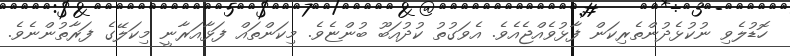
ހޮޑުލެވި ނުކުޅެދުންތެރިކަން ފާޅުވެއްޖެއެވެ. އެވަގުތު ކުދުއަބޫ ބުންޏެވެ. މިކަންތައް ފަޅާއަރާނީ މިކަލޭގެ ފަރާތުންނެވެ.